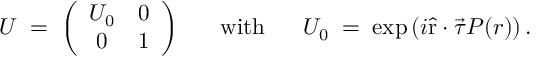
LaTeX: U \; = \; \left( \begin{array} { c c } { { U _ { 0 } } } & { { 0 } } \\ { { 0 } } & { { 1 } } \end{array} \right) ~ ~ ~ ~ ~ \mathrm { w i t h } ~ ~ ~ ~ ~ U _ { 0 } \; = \; \exp \left( i \hat { \mathrm { r } } \cdot \vec { \tau } P ( r ) \right) .